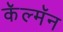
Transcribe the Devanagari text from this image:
कॅल्मॅन